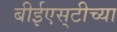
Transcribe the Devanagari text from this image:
बीईएस्‌टीच्या